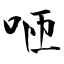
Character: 咂